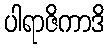
ပါရာဇိကာဒိ